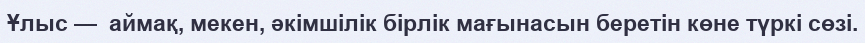
Ұлыс —  аймақ, мекен, әкімшілік бірлік мағынасын беретін көне түркі сөзі.